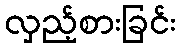
လှည့်စားခြင်း